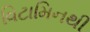
વિટામિનથી